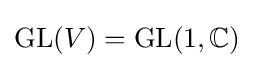
\mathrm {GL} (V)=\mathrm {GL} (1,\mathbb {C} )